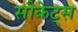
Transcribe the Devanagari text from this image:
सौकेट्स